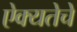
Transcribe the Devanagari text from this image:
ऐक्यतेचे